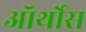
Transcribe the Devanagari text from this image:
ऑर्थोस